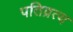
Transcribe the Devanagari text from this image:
पतिव्रत्य